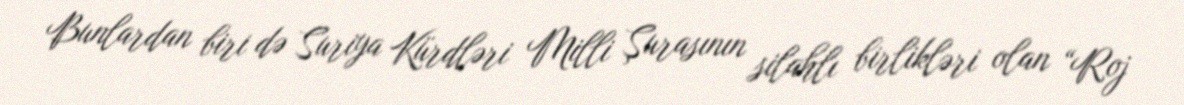
Bunlardan biri də Suriya Kürdləri Milli Şurasının silahlı birlikləri olan “Roj